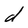
Character: d